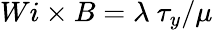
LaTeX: Wi\times B=\lambda~\tau_{y}/\mu